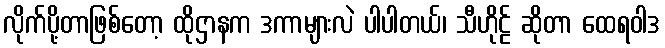
လိုက်ပို့တာဖြစ်တော့ ထိုဌာနက ဒကာများလဲ ပါပါတယ်၊ သီဟိုဠ် ဆိုတာ ထေရဝါဒ